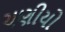
ચણીયો